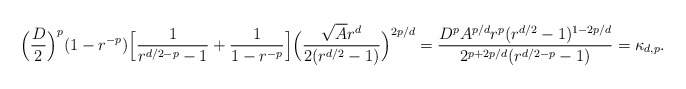
\begin{align*}\Big(\frac D2\Big)^p(1-r^{-p})\Big[\frac1{r^{d/2-p}-1}+\frac1{1-r^{-p}}\Big]\Big(\frac{\sqrt A r^{d}}{2(r^{d/2}-1)}\Big)^{2p/d}=\frac{D^pA^{p/d}r^p(r^{d/2}-1)^{1-2p/d}}{2^{p+2p/d}(r^{d/2-p}-1)}=\kappa_{d,p}.\end{align*}